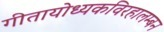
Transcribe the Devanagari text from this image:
गीतायोध्यकविरहालम्बन